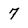
Character: 7